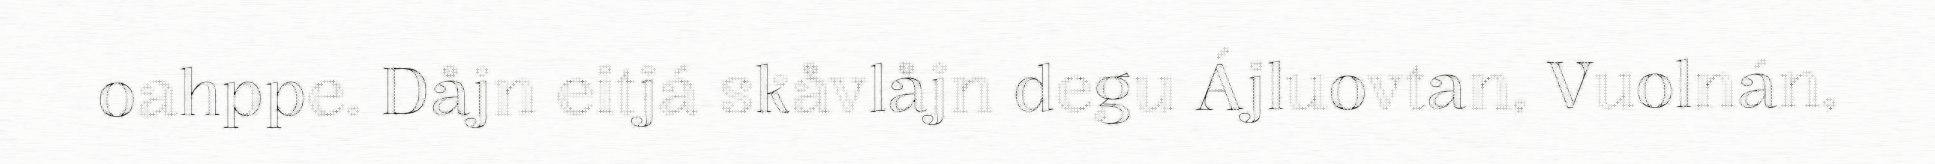
oahppe. Dåjn eitjá skåvlåjn degu Ájluovtan, Vuolnán,